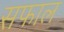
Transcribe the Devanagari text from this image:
सफाल